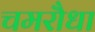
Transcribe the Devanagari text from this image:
चमरौधा